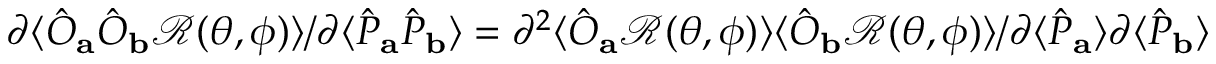
\partial \langle \hat { { O } } _ { \mathbf { a } } \hat { { O } } _ { \mathbf { b } } \mathcal { R } ( \theta , \phi ) \rangle / \partial \langle \hat { { P } } _ { \mathbf { a } } \hat { { P } } _ { \mathbf { b } } \rangle = \partial ^ { 2 } \langle \hat { { O } } _ { \mathbf { a } } \mathcal { R } ( \theta , \phi ) \rangle \langle \hat { { O } } _ { \mathbf { b } } \mathcal { R } ( \theta , \phi ) \rangle / \partial \langle \hat { { P } } _ { \mathbf { a } } \rangle \partial \langle \hat { { P } } _ { \mathbf { b } } \rangle